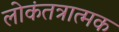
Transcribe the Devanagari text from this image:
लोकंतत्रात्मक